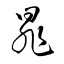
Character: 暃